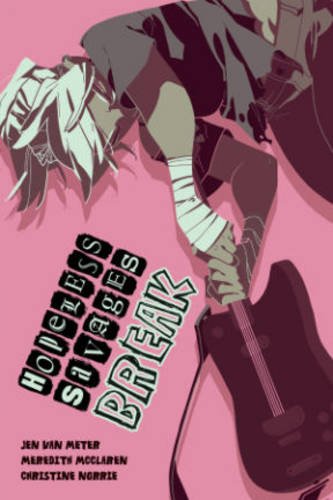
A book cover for Hopeless Savages: Break (Hopeless Savages Tp); Jen Van Meter; Comics & Graphic Novels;